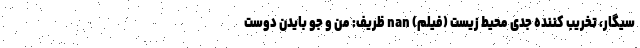
سیگار، تخریب کننده جدی محیط زیست (فیلم) nan ظریف: من و جو بایدن دوست